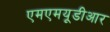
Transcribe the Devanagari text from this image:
एमएमयूडीआर